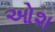
ઓશ